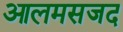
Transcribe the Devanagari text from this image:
आलमसजद